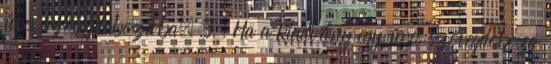
üres szövegdobozába. 3. Ha a kiadvány egy üres szövegdoboza